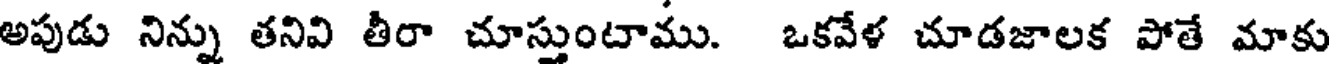
అపుడు నిన్ను తనివి తీరా చూస్తుంటాము. ఒకవేళ చూడజాలక పోతే మాకు